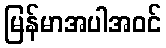
မြန်မာအပါအဝင်